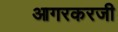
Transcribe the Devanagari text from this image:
आगरकरजी